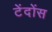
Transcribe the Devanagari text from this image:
टेंदोंस